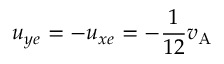
u _ { y e } = - u _ { x e } = - \frac { 1 } { 1 2 } v _ { \mathrm { A } }